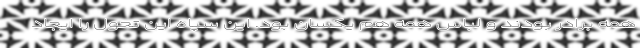
همه برادر بودند و لباس همه هم یکسان بود. این سپاه این تحول را ایجاد